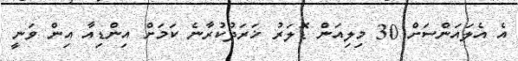
އެ އެލައަންސަށް 30 މިލިއަން ޑޮލަރު ޚަރަދުކުރާނެ ކަމަށް އިންޑިއާ އިން ވަނީ